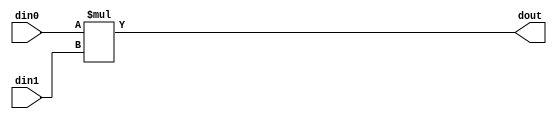
// ==============================================================
// Vitis HLS - High-Level Synthesis from C, C++ and OpenCL v2020.3 (64-bit)
// Copyright 1986-2021 Xilinx, Inc. All Rights Reserved.
// ==============================================================

`timescale 1 ns / 1 ps

module inPlaceNTT_DIT_mul_13s_71s_71_1_1(din0, din1, dout);
parameter ID = 1;
parameter NUM_STAGE = 0;
parameter din0_WIDTH = 13;
parameter din1_WIDTH = 71;
parameter dout_WIDTH = 71;
input [din0_WIDTH - 1 : 0] din0; 
input [din1_WIDTH - 1 : 0] din1; 
output [dout_WIDTH - 1 : 0] dout;

assign dout = $signed(din0) * $signed(din1);
endmodule